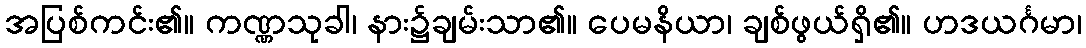
အပြစ်ကင်း၏။ ကဏ္ဏသုခါ၊ နား၌ချမ်းသာ၏။ ပေမနိယာ၊ ချစ်ဖွယ်ရှိ၏။ ဟဒယင်္ဂမာ၊